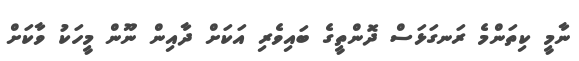
ނާމީ ކިތަންމެ ރަނގަޅަސް ދޮންތީގެ ބައިވެރި އަކަށް ދާއިން ނޫން މީހަކު ވާކަށް